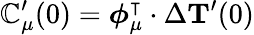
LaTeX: \mathbb{C}_{\mu}^{\prime}(0)=\boldsymbol{\phi}_{\mu}^{\intercal}\cdot\Delta{\mathbf{{T}}^{\prime}}(0)